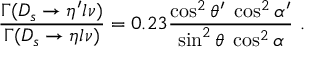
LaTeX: \frac { \Gamma ( D _ { s } \to \eta ^ { \prime } l \nu ) } { \Gamma ( D _ { s } \to \eta l \nu ) } = 0 . 2 3 \frac { \cos ^ { 2 } \theta ^ { \prime } \; \cos ^ { 2 } \alpha ^ { \prime } } { \sin ^ { 2 } \theta \; \cos ^ { 2 } \alpha } \ .